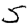
Digit: 5